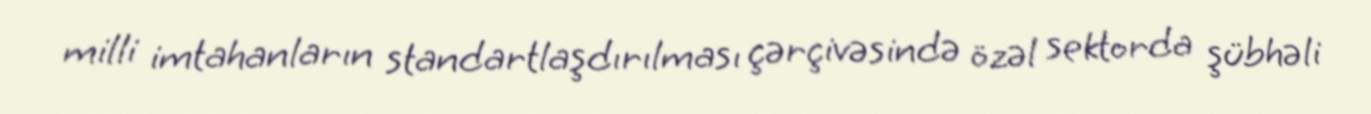
milli imtahanların standartlaşdırılması çərçivəsində özəl sektorda şübhəli